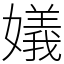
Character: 嬟